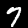
Digit: 7